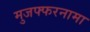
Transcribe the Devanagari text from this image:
मुजफ्फरनामा